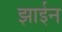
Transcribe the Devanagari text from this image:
झाईन